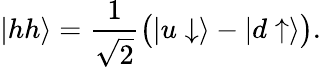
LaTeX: \left|{hh}\right\rangle=\frac{1}{\sqrt 2}\bigl(\left|{u\downarrow}\right\rangle-\left|{d\uparrow}\right\rangle\bigr).